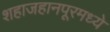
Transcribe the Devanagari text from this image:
शहाजहानपूरमध्ये